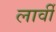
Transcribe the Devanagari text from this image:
लार्वी